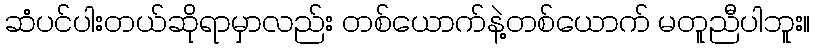
ဆံပင်ပါးတယ်ဆိုရာမှာလည်း တစ်ယောက်နဲ့တစ်ယောက် မတူညီပါဘူး။